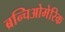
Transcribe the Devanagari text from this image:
ब्रन्चिओमेरिक